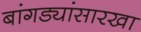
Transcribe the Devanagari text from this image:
बांगड्यांसारखा